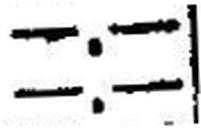
—.—